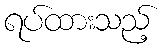
ရပ်ထားသည့်